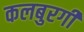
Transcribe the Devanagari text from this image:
कलबुरगी